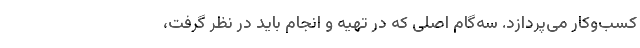
کسب‌وکار می‌پردازد. سه‌گام اصلی که در تهیه و انجام باید در نظر گرفت،